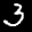
Label: 3